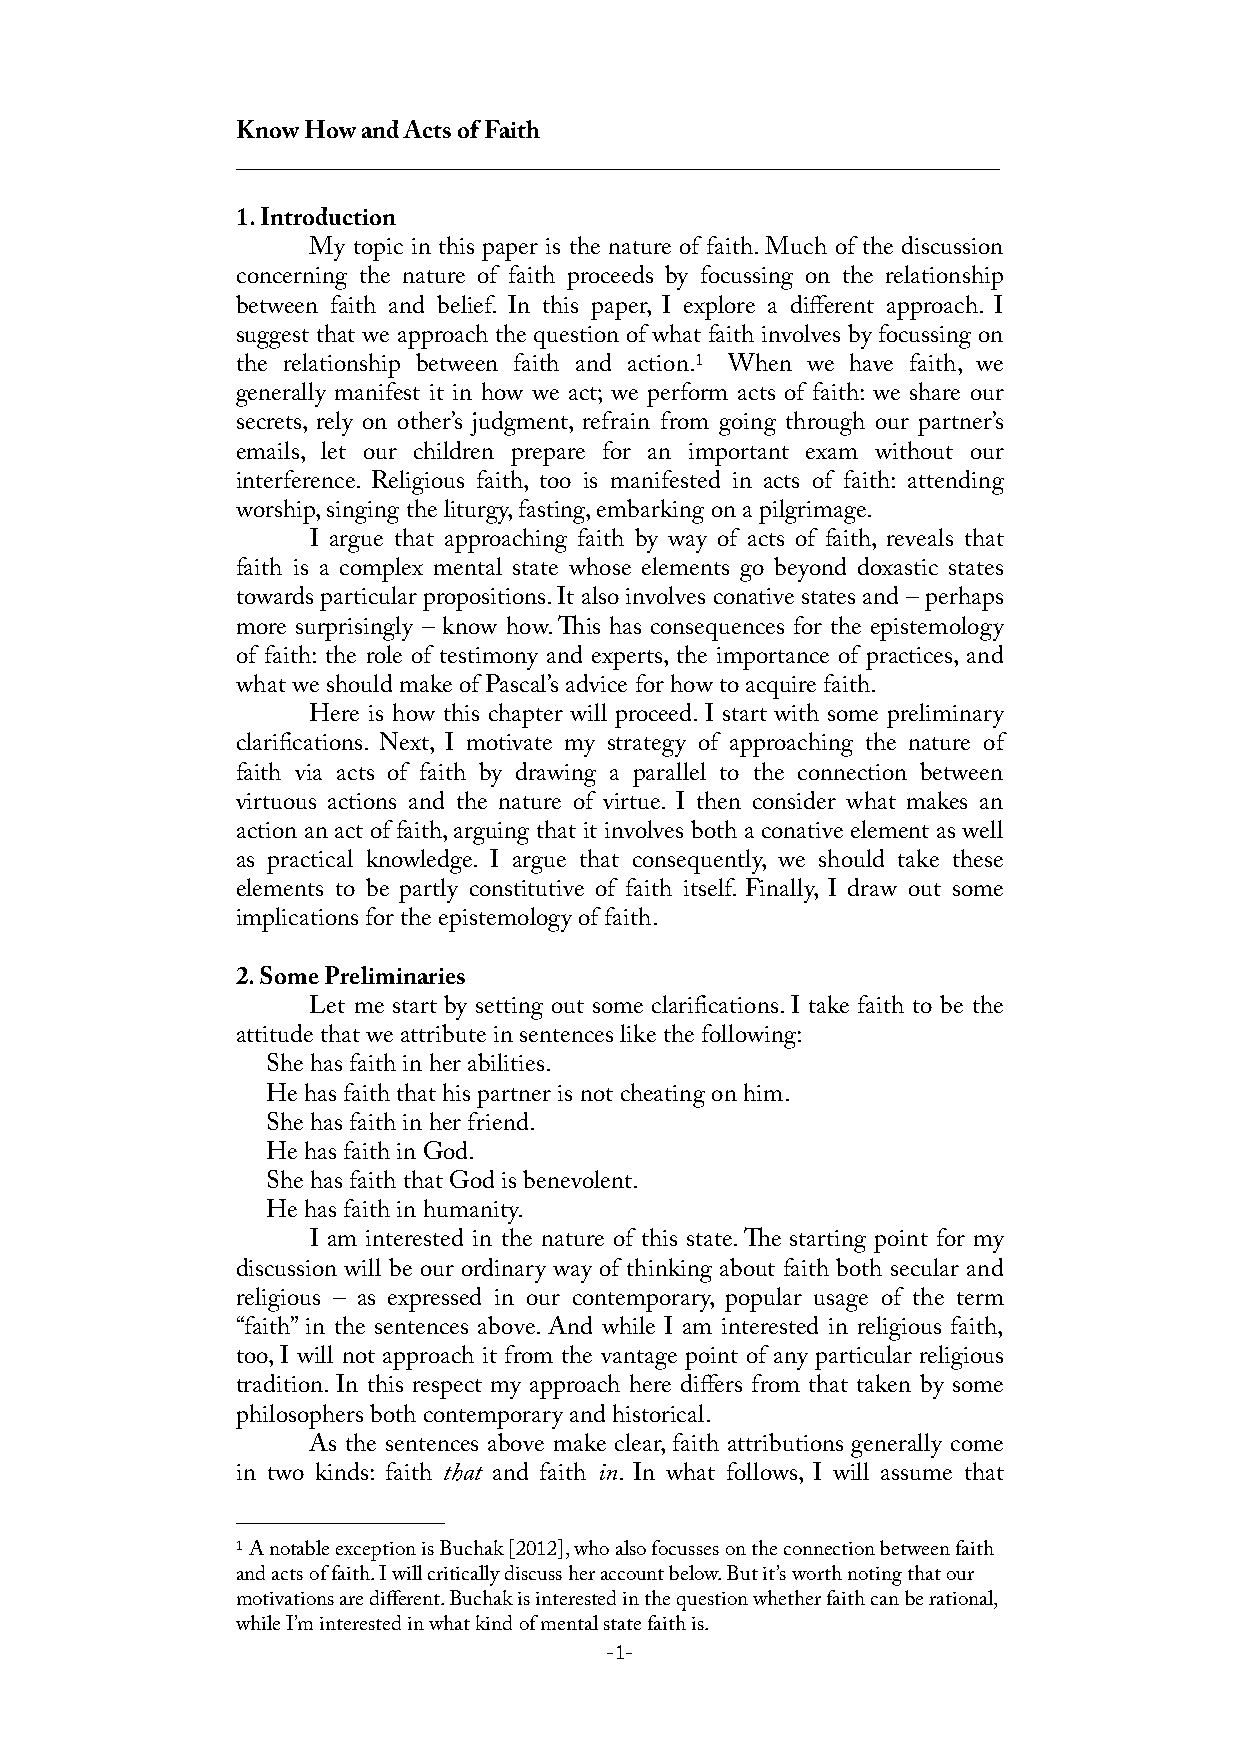
Know How and Acts of Faith
 _____________________________________________________________
 1. Introduction
 My topic in this paper is the nature of faith. Much of the discussion
 concerning the nature of faith proceeds by focussing on the relationship
 between faith and belief. In this paper, I explore a different approach. I
 suggest that we approach the question of what faith involves by focussing on
 the relationship between faith and action.1 When we have faith, we
 generally manifest it in how we act; we perform acts of faith: we share our
 secrets, rely on other’s judgment, refrain from going through our partner’s
 emails, let our children prepare for an important exam without our
 interference. Religious faith, too is manifested in acts of faith: attending
 worship, singing the liturgy, fasting, embarking on a pilgrimage.
 I argue that approaching faith by way of acts of faith, reveals that
 faith is a complex mental state whose elements go beyond doxastic states
 towards particular propositions. It also involves conative states and – perhaps
 more surprisingly – know how. is has consequences for the epistemology
 of faith: the role of testimony and experts, the importance of practices, and
 what we should make of Pascal’s advice for how to acquire faith.
 Here is how this chapter will proceed. I start with some preliminary
 clarifications. Next, I motivate my strategy of approaching the nature of
 faith via acts of faith by drawing a parallel to the connection between
 virtuous actions and the nature of virtue. I then consider what makes an
 action an act of faith, arguing that it involves both a conative element as well
 as practical knowledge. I argue that consequently, we should take these
 elements to be partly constitutive of faith itself. Finally, I draw out some
 implications for the epistemology of faith.
 2. Some Preliminaries
 Let me start by setting out some clarifications. I take faith to be the
 attitude that we attribute in sentences like the following:
 She has faith in her abilities.
 He has faith that his partner is not cheating on him.
 She has faith in her friend.
 He has faith in God.
 She has faith that God is benevolent.
 He has faith in humanity.
 I am interested in the nature of this state. e starting point for my
 discussion will be our ordinary way of thinking about faith both secular and
 religious – as expressed in our contemporary, popular usage of the term
 “faith” in the sentences above. And while I am interested in religious faith,
 too, I will not approach it from the vantage point of any particular religious
 tradition. In this respect my approach here differs from that taken by some
 philosophers both contemporary and historical.
 As the sentences above make clear, faith attributions generally come
 in two kinds: faith that and faith in. In what follows, I will assume that
 1 A notable exception is Buchak [2012], who also focusses on the connection between faith
 and acts of faith. I will critically discuss her account below. But it’s worth noting that our
 motivations are different. Buchak is interested in the question whether faith can be rational,
 while I’m interested in what kind of mental state faith is.
 -1-